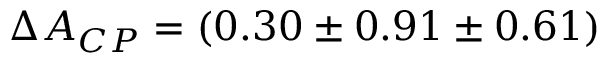
\Delta A _ { C P } = ( 0 . 3 0 \pm 0 . 9 1 \pm 0 . 6 1 ) \